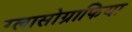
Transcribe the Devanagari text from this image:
ग्लासोग्राफिया